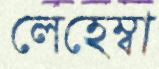
লেহেম্বা